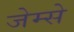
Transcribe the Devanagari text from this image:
जेम्से